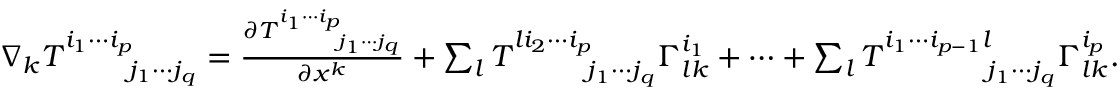
\begin{array} { r } { \nabla _ { k } T _ { \phantom { i _ { 1 } \cdots i _ { p } } j _ { 1 } \cdots j _ { q } } ^ { i _ { 1 } \cdots i _ { p } } = \frac { \partial T _ { \phantom { i _ { 1 } \cdots i _ { p } } j _ { 1 } \cdots j _ { q } } ^ { i _ { 1 } \cdots i _ { p } } } { \partial x ^ { k } } + \sum _ { l } T _ { \phantom { l i _ { 2 } \cdots i _ { p } } j _ { 1 } \cdots j _ { q } } ^ { l i _ { 2 } \cdots i _ { p } } \Gamma _ { l k } ^ { i _ { 1 } } + \cdots + \sum _ { l } T _ { \phantom { i _ { 1 } \cdots i _ { p - 1 } l } j _ { 1 } \cdots j _ { q } } ^ { i _ { 1 } \cdots i _ { p - 1 } l } \Gamma _ { l k } ^ { i _ { p } } . } \end{array}